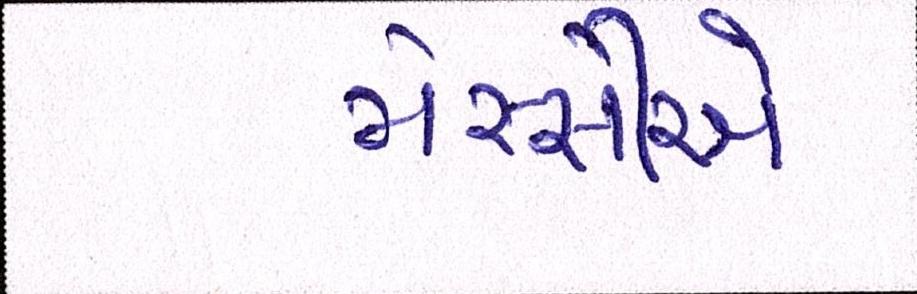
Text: મેસ્સીએ